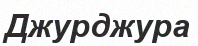
Джурджура